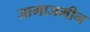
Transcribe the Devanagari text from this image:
जागाजमीन